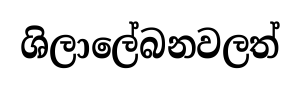
ශිලාලේබනවලත්